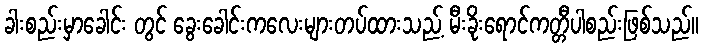
ခါးစည်းမှာခေါင်း တွင် ခွေးခေါင်းကလေးများတပ်ထားသည့် မီးခိုးရောင်ကတ္တီပါစည်းဖြစ်သည်။